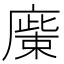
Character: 𢊳